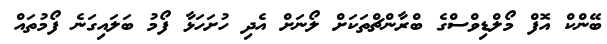
ބޭންކް އޮފް މޯލްޑިވްސްގެ ބްރާންޗްތަކަށް ލޯނަށް އެދި ހުށަހަޅާ ފޯމު ބަލައިގަނެ ފޯމުތައް